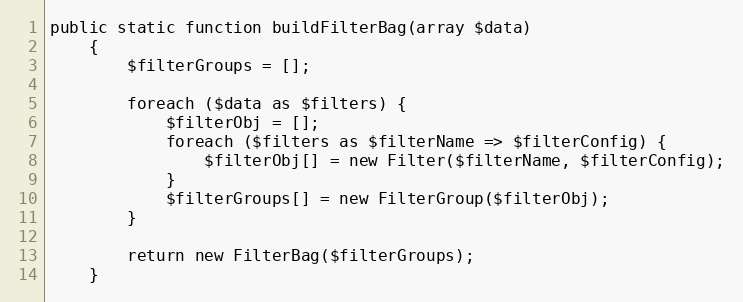
Language: PHP
public static function buildFilterBag(array $data)
    {
        $filterGroups = [];

        foreach ($data as $filters) {
            $filterObj = [];
            foreach ($filters as $filterName => $filterConfig) {
                $filterObj[] = new Filter($filterName, $filterConfig);
            }
            $filterGroups[] = new FilterGroup($filterObj);
        }

        return new FilterBag($filterGroups);
    }